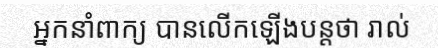
អ្នកនាំពាក្យ បានលើកឡើងបន្តថា រាល់